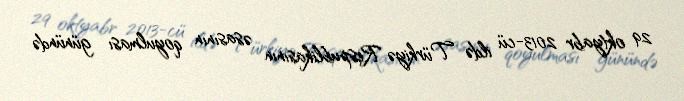
29 oktyabr 2013-cü ildə Türkiyə Respublikasının əsasının qoyulması günündə